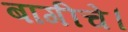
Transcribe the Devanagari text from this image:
बागीचे।